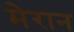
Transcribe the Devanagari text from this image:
मेरान